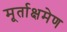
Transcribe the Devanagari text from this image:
मूर्ताक्षमेण